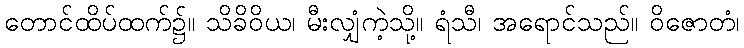
တောင်ထိပ်ထက်၌။ သိခိဝိယ၊ မီးလျှံကဲ့သို့။ ရံသီ၊ အရောင်သည်။ ဝိဇောတံ၊